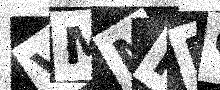
Text: VMNNEC